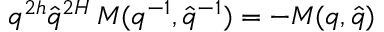
q ^ { 2 h } \hat { q } ^ { 2 H } \, M ( q ^ { - 1 } , \hat { q } ^ { - 1 } ) = - M ( q , \hat { q } )